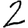
Digit: 2